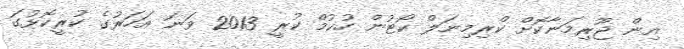
އިން ޖޫރިމަނާކޮށް ކްރިމިނަލް ކޯޓުން ހުކުމް ކުރީ 2013 ވަނަ އަހަރުގެ ކުރީކޮޅުގަ